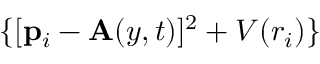
\{ [ \mathbf { p } _ { i } - \mathbf { A } ( y , t ) ] ^ { 2 } + V ( r _ { i } ) \}